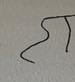
Signature authenticity: forged